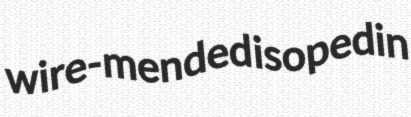
wire-mended isopedin